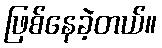
ဖြစ်နေခဲ့တယ်။